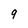
Character: 9